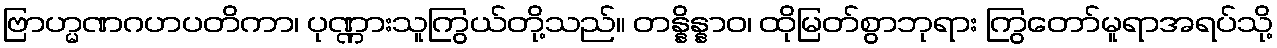
ဗြာဟ္မဏဂဟပတိကာ၊ ပုဏ္ဏားသူကြွယ်တို့သည်။ တန္နိန္နာဝ၊ ထိုမြတ်စွာဘုရား ကြွတော်မူရာအရပ်သို့